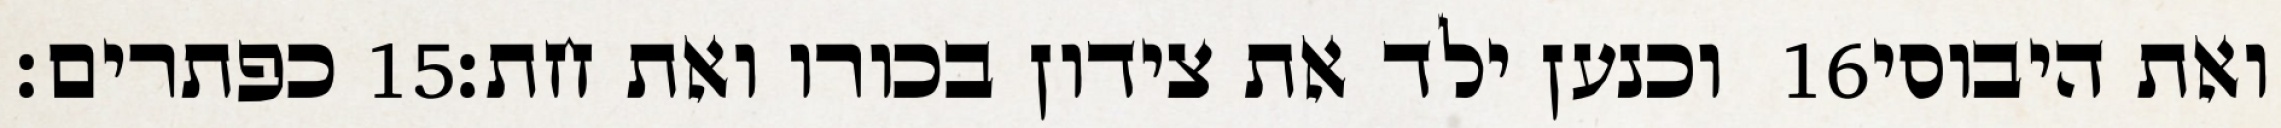
כפתרים׃ ‎15‏ וכנען ילד את צידון בכורו ואת חת׃ ‎16‏ ואת היבוסי